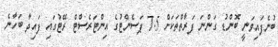
ބުނެފައިވަނީ ބޮންޑު ގަންނަ ފަރާތްތަކަށް 7.5 ޕަސެންޓުގެ އިންޓަރެސްޓް ރޭޓުގައި ފައިދާ ބަހާނެ